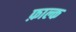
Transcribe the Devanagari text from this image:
फ़ाल्क